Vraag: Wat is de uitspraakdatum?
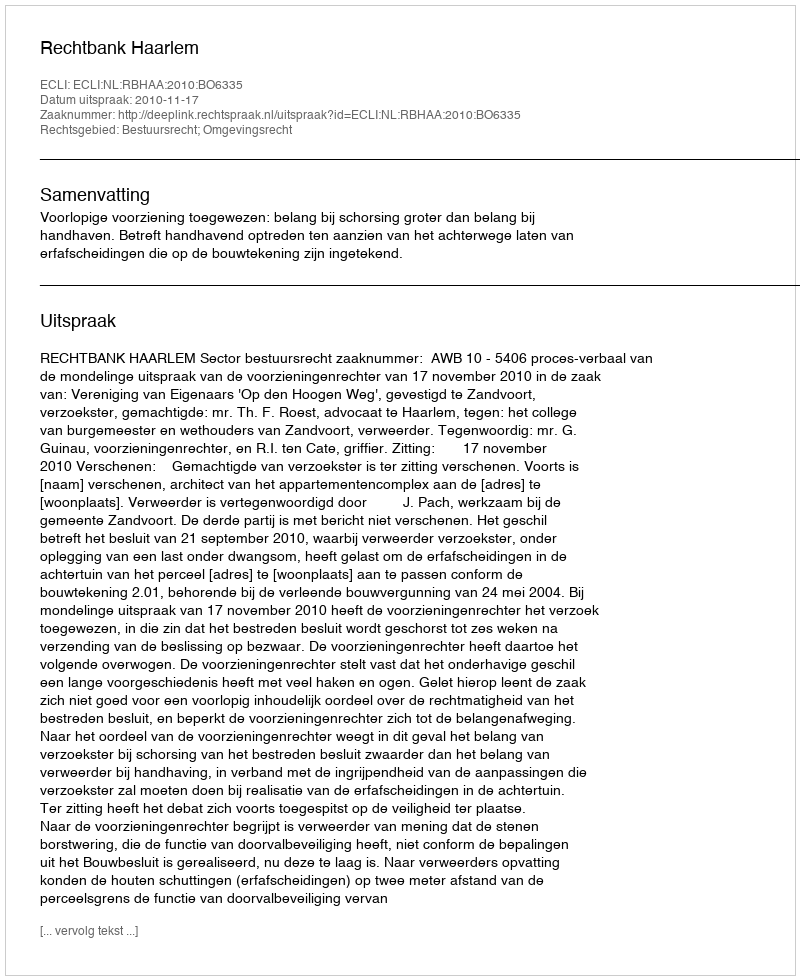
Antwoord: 2010-11-17